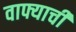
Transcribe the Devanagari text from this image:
वाफ्याची